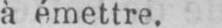
à émettre.